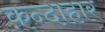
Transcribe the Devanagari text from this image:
क़न्दाहार